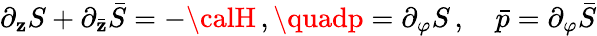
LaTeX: \partial_{\mathbf{z}}S+\partial_{\bar{{\mathbf{z}}}}\bar{{S}}=-{\calH}\, ,\quadp=\partial_{\varphi}S\, ,\quad\bar{{p}}=\partial_{\varphi}\bar{{S}}